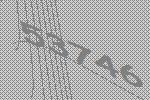
53746